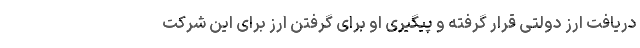
دریافت ارز دولتی قرار گرفته و پیگیری او برای گرفتن ارز برای این شرکت